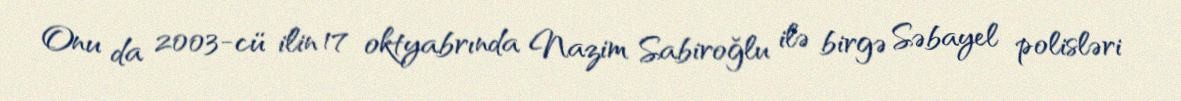
Onu da 2003-cü ilin 17 oktyabrında Nazim Sabiroğlu ilə birgə Səbayel polisləri